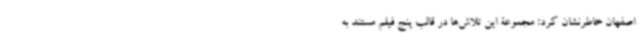
اصفهان خاطرنشان کرد: مجموعۀ این تلاش‌ها در قالب پنج فیلم مستند به